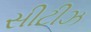
સીટીઝ